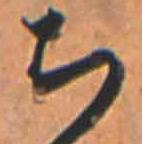
ち